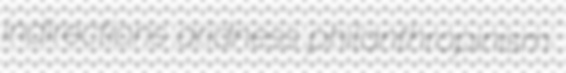
indirections aridness philanthropinism